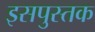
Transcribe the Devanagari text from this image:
इसपुस्तक